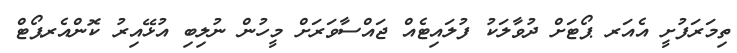
ތިމަރަފުށީ އެއަރ ޕޯޓަށް ދުވާލަކު ފުލައިޓެއް ޖައްސާވަރަށް މީހުން ނުލިބި އުޅޭއިރު ކޮންއެރޕޯޓް